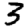
Digit: 3